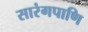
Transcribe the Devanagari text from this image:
सारंगपाणि